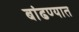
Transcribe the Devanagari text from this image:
बांढण्यात